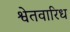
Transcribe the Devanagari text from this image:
श्वेतवारिध